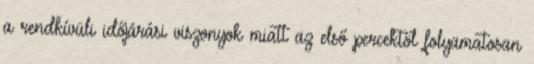
a rendkívüli időjárási viszonyok miatt az első percektől folyamatosan